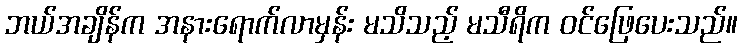
ဘယ်အချိန်က အနားရောက်လာမှန်း မသိသည့် မသီရိက ဝင်ဖြေပေးသည်။